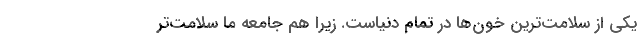
یکی از سلامت‌ترین خون‌ها در تمام دنیاست. زیرا هم جامعه ما سلامت‌تر